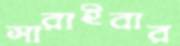
সারাইবার